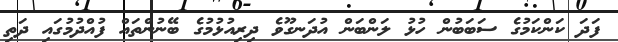
ފަދަ ކަންކަމުގެ ސަބަބުން ހުޅު ލަންބަން އުދަނގޫވެ ދިރިއުޅުމުގެ ބޭނުންތައް ފުއްދުމުގައި ދަތި